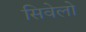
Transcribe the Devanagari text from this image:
सिवेलो